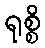
ရုစ္စိ